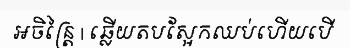
អចិន្ត្រៃ | ឆ្លើយតបស្អែកឈប់ហើយបើ